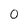
Character: 0